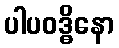
ပါပဝဒ္ဓိနော